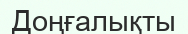
Доңғалықты